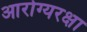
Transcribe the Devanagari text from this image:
आरोग्यरक्षा